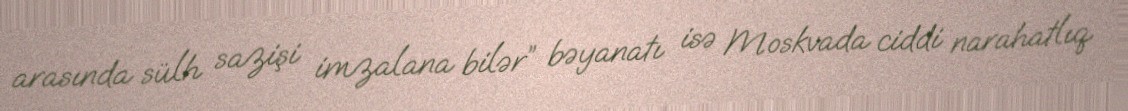
arasında sülh sazişi imzalana bilər” bəyanatı isə Moskvada ciddi narahatlıq